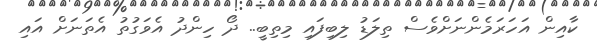
ކާއިން އަހަރަމެންނަށްވެސް ތިލަޑު ލިބިފައި މިތިބީ.. ދޯ ހިންދު އެވަގުތު އެތަނަށް އައި